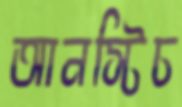
আনস্টিচ